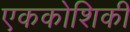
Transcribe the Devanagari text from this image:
एककोशिकी